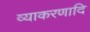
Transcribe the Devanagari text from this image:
व्याकरणादि